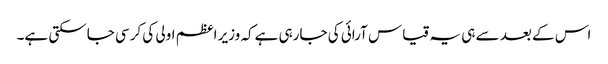
اس کے بعد سے ہی یہ قیاس آرائی کی جارہی ہےکہ وزیر اعظم اولی کی کرسی جاسکتی ہے۔